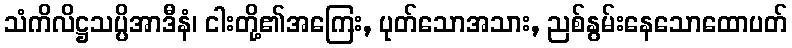
သံကိလိဋ္ဌသပ္ပိအာဒီနံ၊ ငါးတို့၏အကြေး, ပုတ်သောအသား, ညစ်နွမ်းနေသောထောပတ်